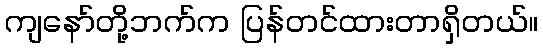
ကျနော်တို့ဘက်က ပြန်တင်ထားတာရှိတယ်။